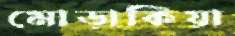
মোড়াকিয়া